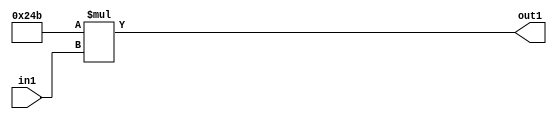
`timescale 1ps / 1ps
/*****************************************************************************
    Verilog RTL Description
    
    
    Created by: Stratus DpOpt 2019.1.01 
*******************************************************************************/

module SobelFilter_Mul2iLLu8_4 (
	in1,
	out1
	); /* architecture "behavioural" */ 
input [7:0] in1;
output [17:0] out1;
wire [17:0] asc001;

assign asc001 = 
	+(18'B000000001001001011 * in1);

assign out1 = asc001;
endmodule

/* CADENCE  urn3SwA= : u9/ySgnWtBlWxVPRXgAZ4Og= ** DO NOT EDIT THIS LINE ******/